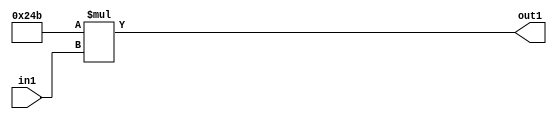
`timescale 1ps / 1ps
/*****************************************************************************
    Verilog RTL Description
    
    
    Created by: Stratus DpOpt 2019.1.01 
*******************************************************************************/

module SobelFilter_Mul2iLLu8_4 (
	in1,
	out1
	); /* architecture "behavioural" */ 
input [7:0] in1;
output [17:0] out1;
wire [17:0] asc001;

assign asc001 = 
	+(18'B000000001001001011 * in1);

assign out1 = asc001;
endmodule

/* CADENCE  urn3SwA= : u9/ySgnWtBlWxVPRXgAZ4Og= ** DO NOT EDIT THIS LINE ******/